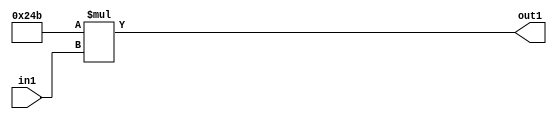
`timescale 1ps / 1ps
/*****************************************************************************
    Verilog RTL Description
    
    
    Created by: Stratus DpOpt 2019.1.01 
*******************************************************************************/

module SobelFilter_Mul2iLLu8_4 (
	in1,
	out1
	); /* architecture "behavioural" */ 
input [7:0] in1;
output [17:0] out1;
wire [17:0] asc001;

assign asc001 = 
	+(18'B000000001001001011 * in1);

assign out1 = asc001;
endmodule

/* CADENCE  urn3SwA= : u9/ySgnWtBlWxVPRXgAZ4Og= ** DO NOT EDIT THIS LINE ******/